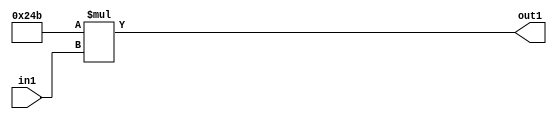
`timescale 1ps / 1ps
/*****************************************************************************
    Verilog RTL Description
    
    
    Created by: Stratus DpOpt 2019.1.01 
*******************************************************************************/

module SobelFilter_Mul2iLLu8_4 (
	in1,
	out1
	); /* architecture "behavioural" */ 
input [7:0] in1;
output [17:0] out1;
wire [17:0] asc001;

assign asc001 = 
	+(18'B000000001001001011 * in1);

assign out1 = asc001;
endmodule

/* CADENCE  urn3SwA= : u9/ySgnWtBlWxVPRXgAZ4Og= ** DO NOT EDIT THIS LINE ******/